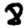
Digit: 8